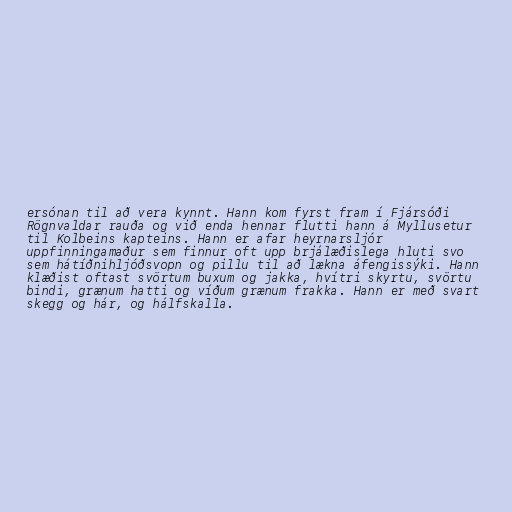
ersónan til að vera kynnt. Hann kom fyrst fram í Fjársóði
Rögnvaldar rauða og við enda hennar flutti hann á Myllusetur
til Kolbeins kapteins. Hann er afar heyrnarsljór
uppfinningamaður sem finnur oft upp brjálæðislega hluti svo
sem hátíðnihljóðsvopn og pillu til að lækna áfengissýki. Hann
klæðist oftast svörtum buxum og jakka, hvítri skyrtu, svörtu
bindi, grænum hatti og víðum grænum frakka. Hann er með svart
skegg og hár, og hálfskalla.